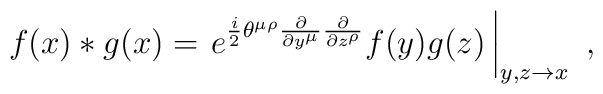
f(x) \ast g(x) = \left.e^{\frac{i}{2}\theta^{\mu\rho}\frac{\partial}{\partial y^{\mu}}\frac{\partial}{\partial z^{\rho}}}f(y)g(z)\, \right|_{y,z\to x}~,